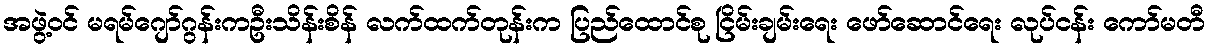
အဖွဲ့ဝင် မရမ်ဂျော်ဂွန်းကဦးသိန်းစိန် လက်ထက်တုန်းက ပြည်ထောင်စု ငြိမ်းချမ်းရေး ဖော်ဆောင်ရေး လုပ်ငန်း ကော်မတီ